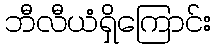
ဘီလီယံရှိကြောင်း